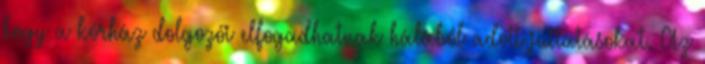
hogy a kórház dolgozói elfogadhatnak hálából adott juttatásokat. Az